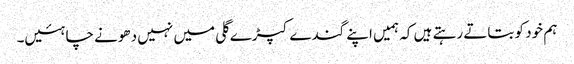
ہم خود کو بتاتے رہتے ہیں کہ ہمیں اپنے گندے کپڑے گلی میں نہیں دھونے چاہئیں۔